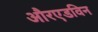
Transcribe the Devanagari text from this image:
औरएडविन